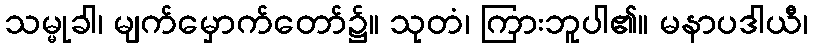
သမ္မုခါ၊ မျက်မှောက်တော်၌။ သုတံ၊ ကြားဘူပါ၏။ မနာပဒါယီ၊